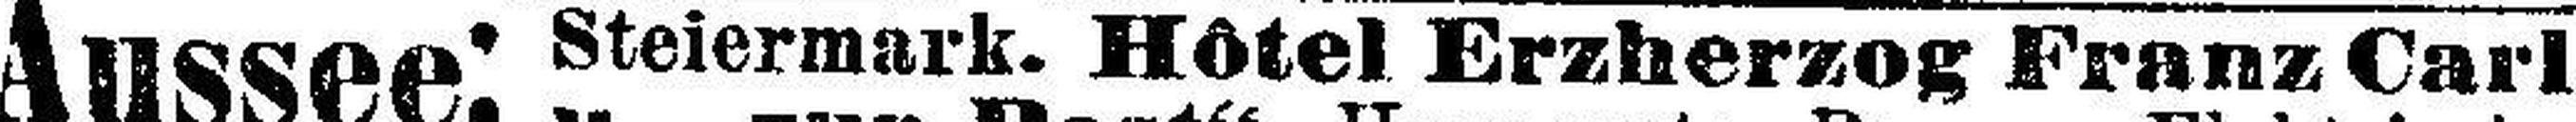
Steiermark. Hôtel Erzherzog Franz Carl